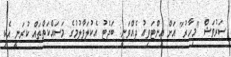
ސަރުވަޝް "މިހާރު" އަށް އިންޓަވިއު ދެއްވަނީ: ބަޖެޓު އެކުލަވާލުމުގެ މަސައްކަތްތައް ކުރަނީ އެކި